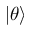
| \theta \rangle